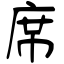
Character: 席